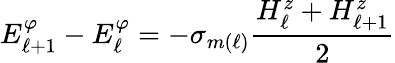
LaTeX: E_{\ell+1}^{\varphi}-E_{\ell}^{\varphi}=-\sigma_{m(\ell)}\frac{H_{\ell}^{z}+H_{\ell+1}^{z}}{2}